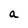
Character: a